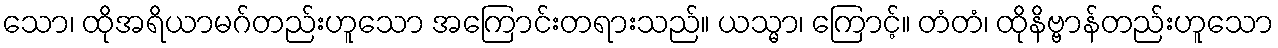
သော၊ ထိုအရိယာမဂ်တည်းဟူသော အကြောင်းတရားသည်။ ယသ္မာ၊ ကြောင့်။ တံတံ၊ ထိုနိဗ္ဗာန်တည်းဟူသော